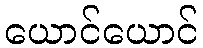
ယောင်ယောင်